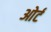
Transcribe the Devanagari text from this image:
ओर्ट